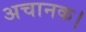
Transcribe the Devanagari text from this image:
अचानक।